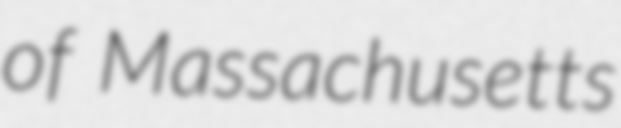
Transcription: of Massachusetts